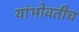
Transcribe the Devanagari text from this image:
यांभोवतीच